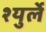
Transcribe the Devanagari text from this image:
श्युर्ले